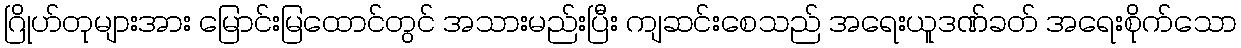
ဂြိုဟ်တုများအား မြောင်းမြထောင်တွင် အသားမည်းပြီး ကျဆင်းစေသည် အရေးယူဒဏ်ခတ် အရေးစိုက်သော